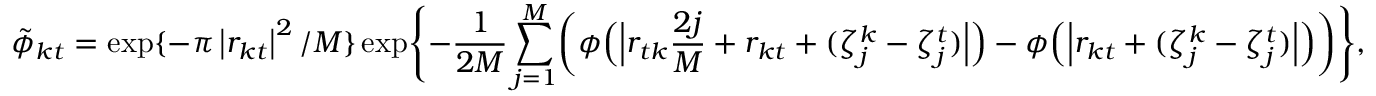
\tilde { \phi } _ { k t } = \exp \{ - { \pi } \left| r _ { k t } \right| ^ { 2 } / M \} \exp \Biggl \{ - \frac { 1 } { 2 M } \sum _ { j = 1 } ^ { M } \biggl ( \phi \Bigl ( \Bigl | r _ { t k } \frac { 2 j } { M } + r _ { k t } + ( \zeta _ { j } ^ { k } - \zeta _ { j } ^ { t } ) \Bigr | \Bigr ) - \phi \Bigl ( \Bigl | r _ { k t } + ( \zeta _ { j } ^ { k } - \zeta _ { j } ^ { t } ) \Bigr | \Bigr ) \biggr ) \Biggr \} ,